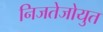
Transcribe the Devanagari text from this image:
निजतेजोयुत